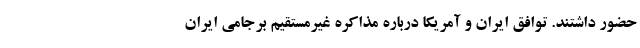
حضور داشتند. توافق ایران و آمریکا درباره مذاکره غیرمستقیم برجامی ایران